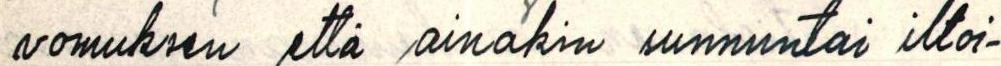
vomuksen että ainakin sunnuntai iltoi-